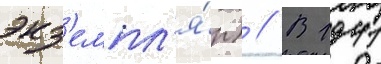
экз'емпл'я́р) // В 1941